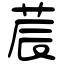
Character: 莀